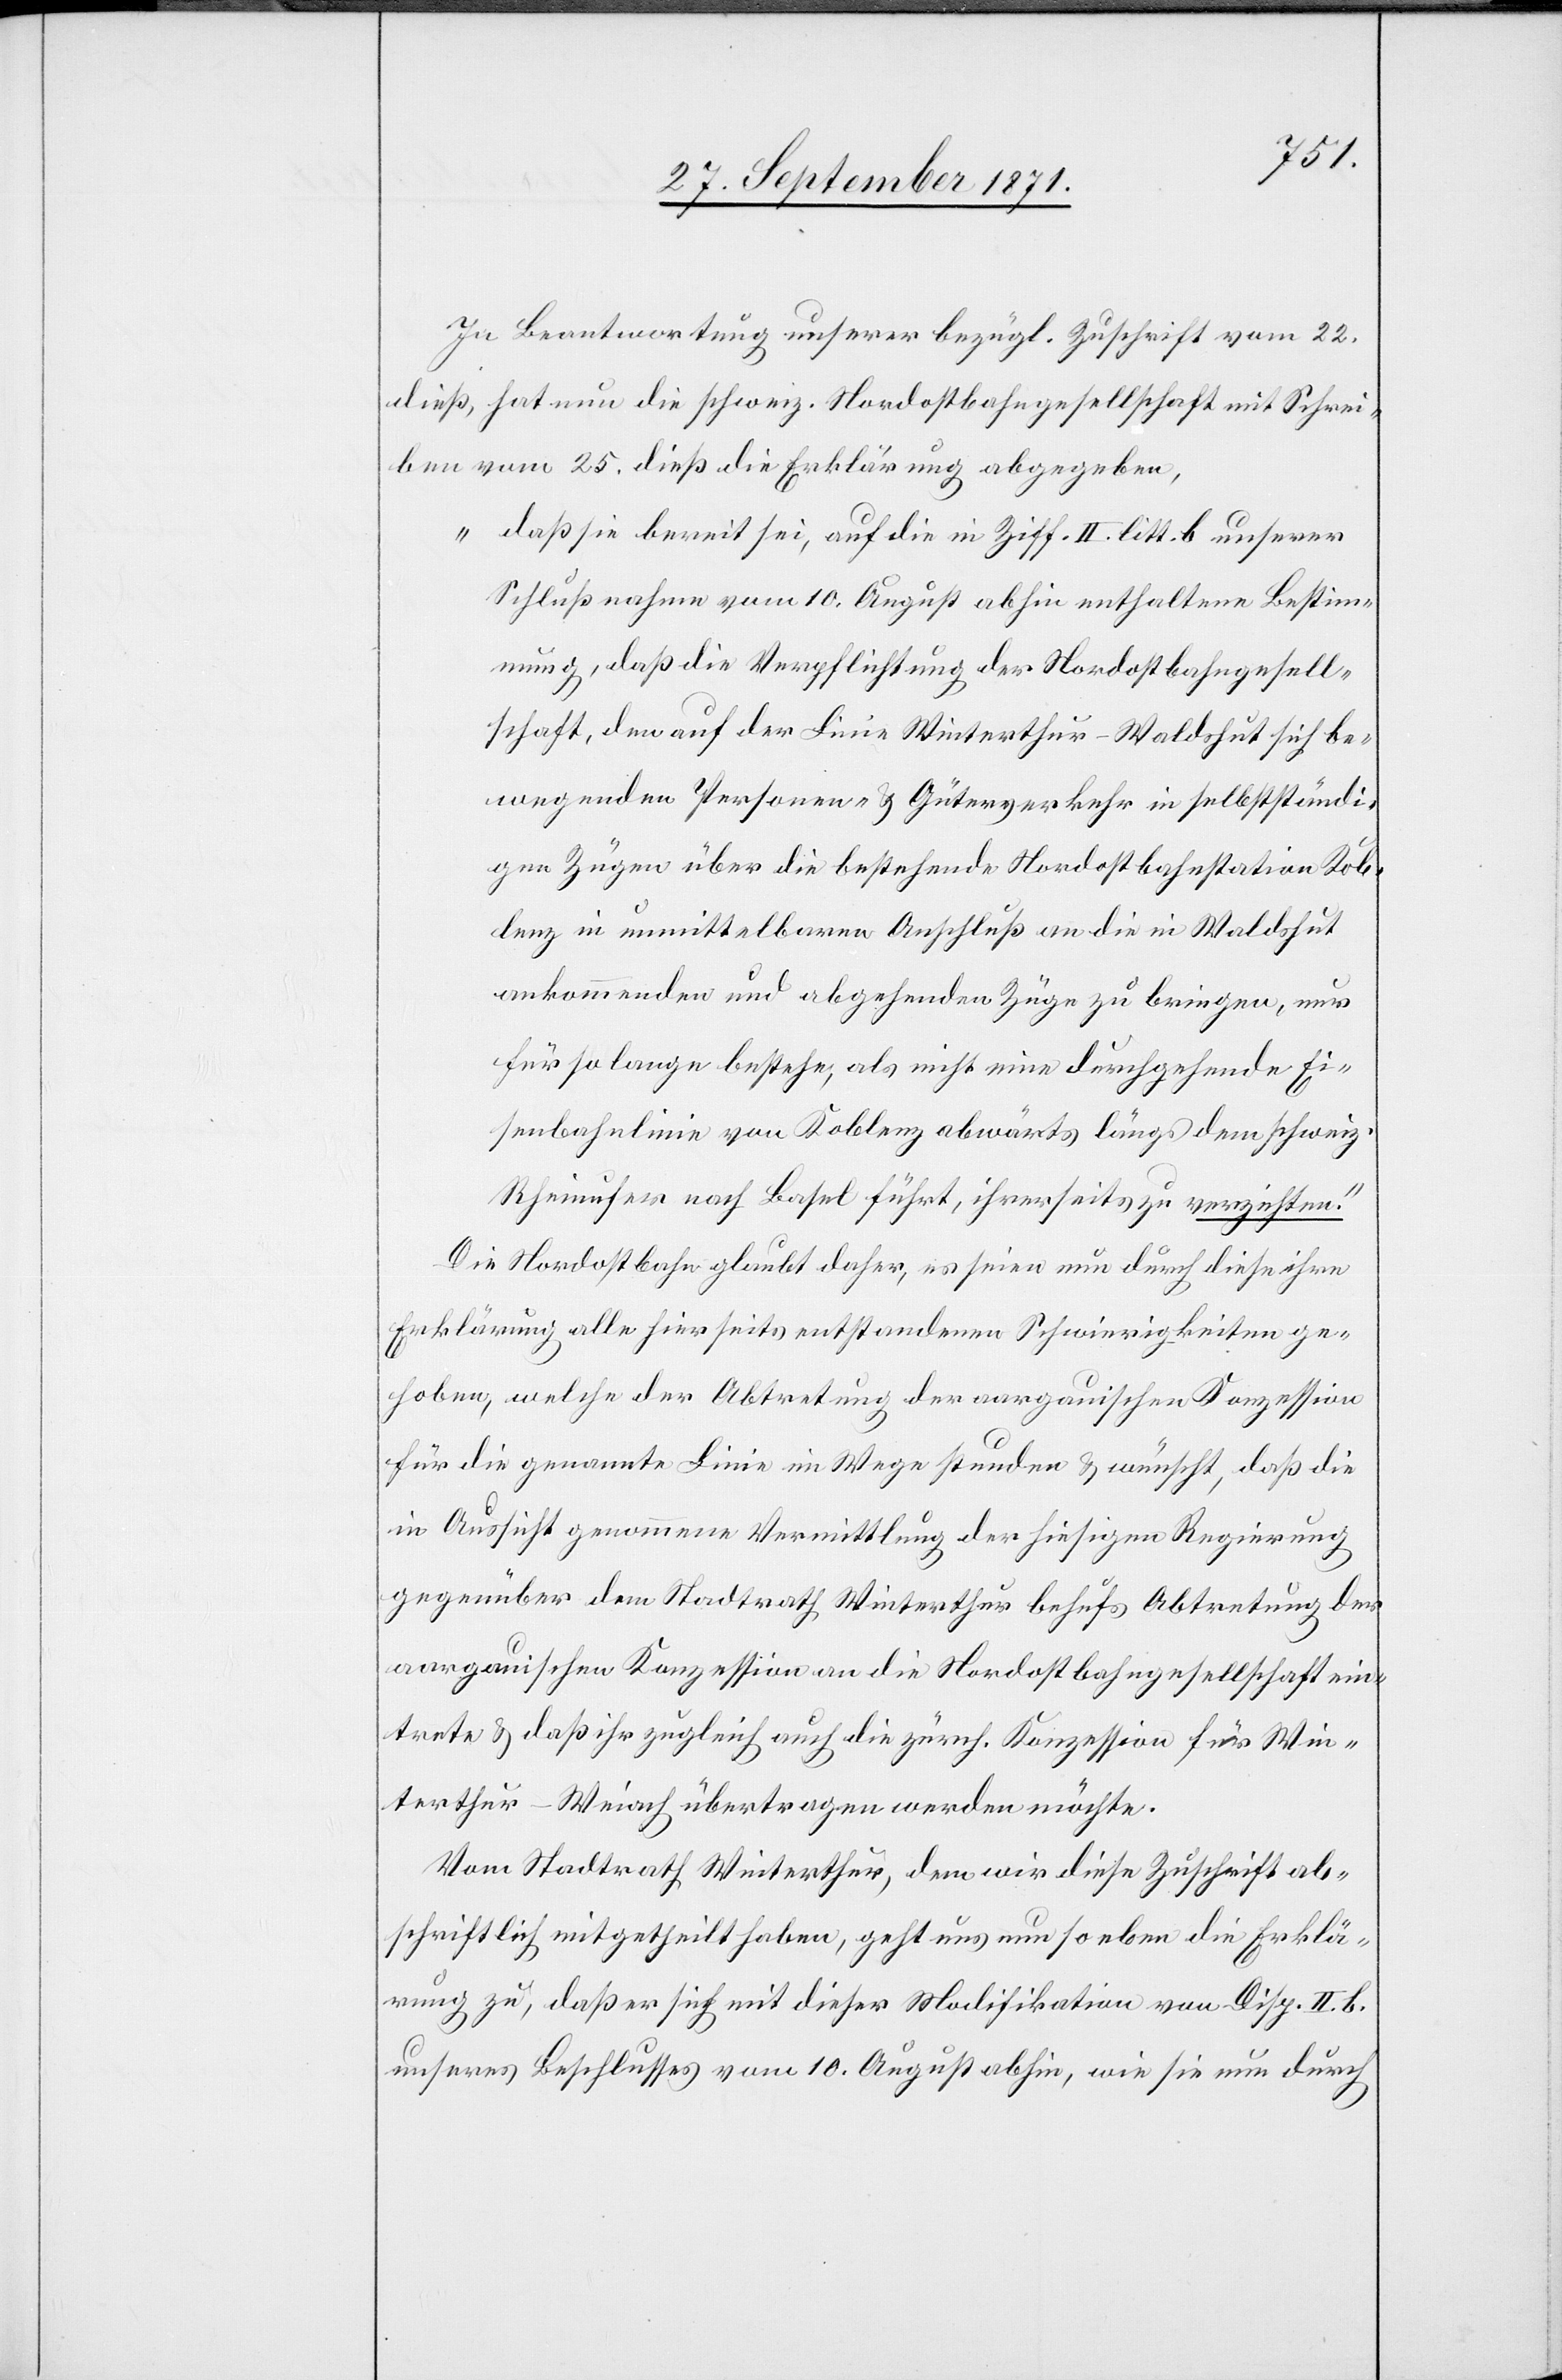
In Beantwortung unserer bezügl. Zuschrift vom 22.
dieß, hat nun die schweiz. Nordostbahngesellschaft mit Schrei¬
ben vom 25. dieß die Erklärung abgegeben,
„daß sie bereit sei, auf die in Ziff. II. litt. b. unserer
Schlußnahme vom 10. August abhin enthaltene Bestimm¬
ung, daß die Verpflichtung der Nordostbahngesell¬
schaft, den auf der Linie Winterthur–Waldshut sich be¬
wegenden Personen- & Güterverkehr in selbstständi¬
gen Zügen über die bestehende Nordostbahnstation Kob¬
lenz in unmittelbaren Anschluß an die in Waldshut
ankommenden und abgehenden Züge zu bringen, nur
für so lange bestehe, als nicht eine durchgehende Ei¬
senbahnlinie von Koblenz abwärts längs dem schweiz.
Rheinufer nach Basel führt, ihrerseits zu verzichten.“
Die Nordostbahn glaubt daher, es seien nun durch diese ihre
Erklärung alle hierseits entstandenen Schwierigkeiten ge¬
hoben, welche der Abtretung der aargauischen Konzession
für die genannte Linie im Wege stunden & wünscht, daß die
in Aussicht genommene Vermittlung der hiesigen Regierung
gegenüber dem Stadtrath Winterthur behufs Abtretung der
aargauischen Konzession an die Nordostbahngesellschaft ein¬
trete & daß ihr zugleich auch die zürch. Konzession für Win¬
terthur–Weiach übertragen werden möchte.
Vom Stadtrath Winterthur, dem wir diese Zuschrift abs¬
chriftlich mitgetheilt haben, geht uns nun soeben die Erklä¬
rung zu, daß er sich mit dieser Modifikation von Disp. II. b.
unseres Beschlusses vom 10. August abhin, wie sie nun durch